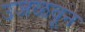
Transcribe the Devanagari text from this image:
उजळवून